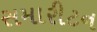
સમારીટન